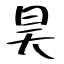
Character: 昊